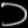
Digit: ၁